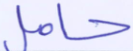
حامل